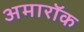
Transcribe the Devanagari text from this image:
अमारॉक